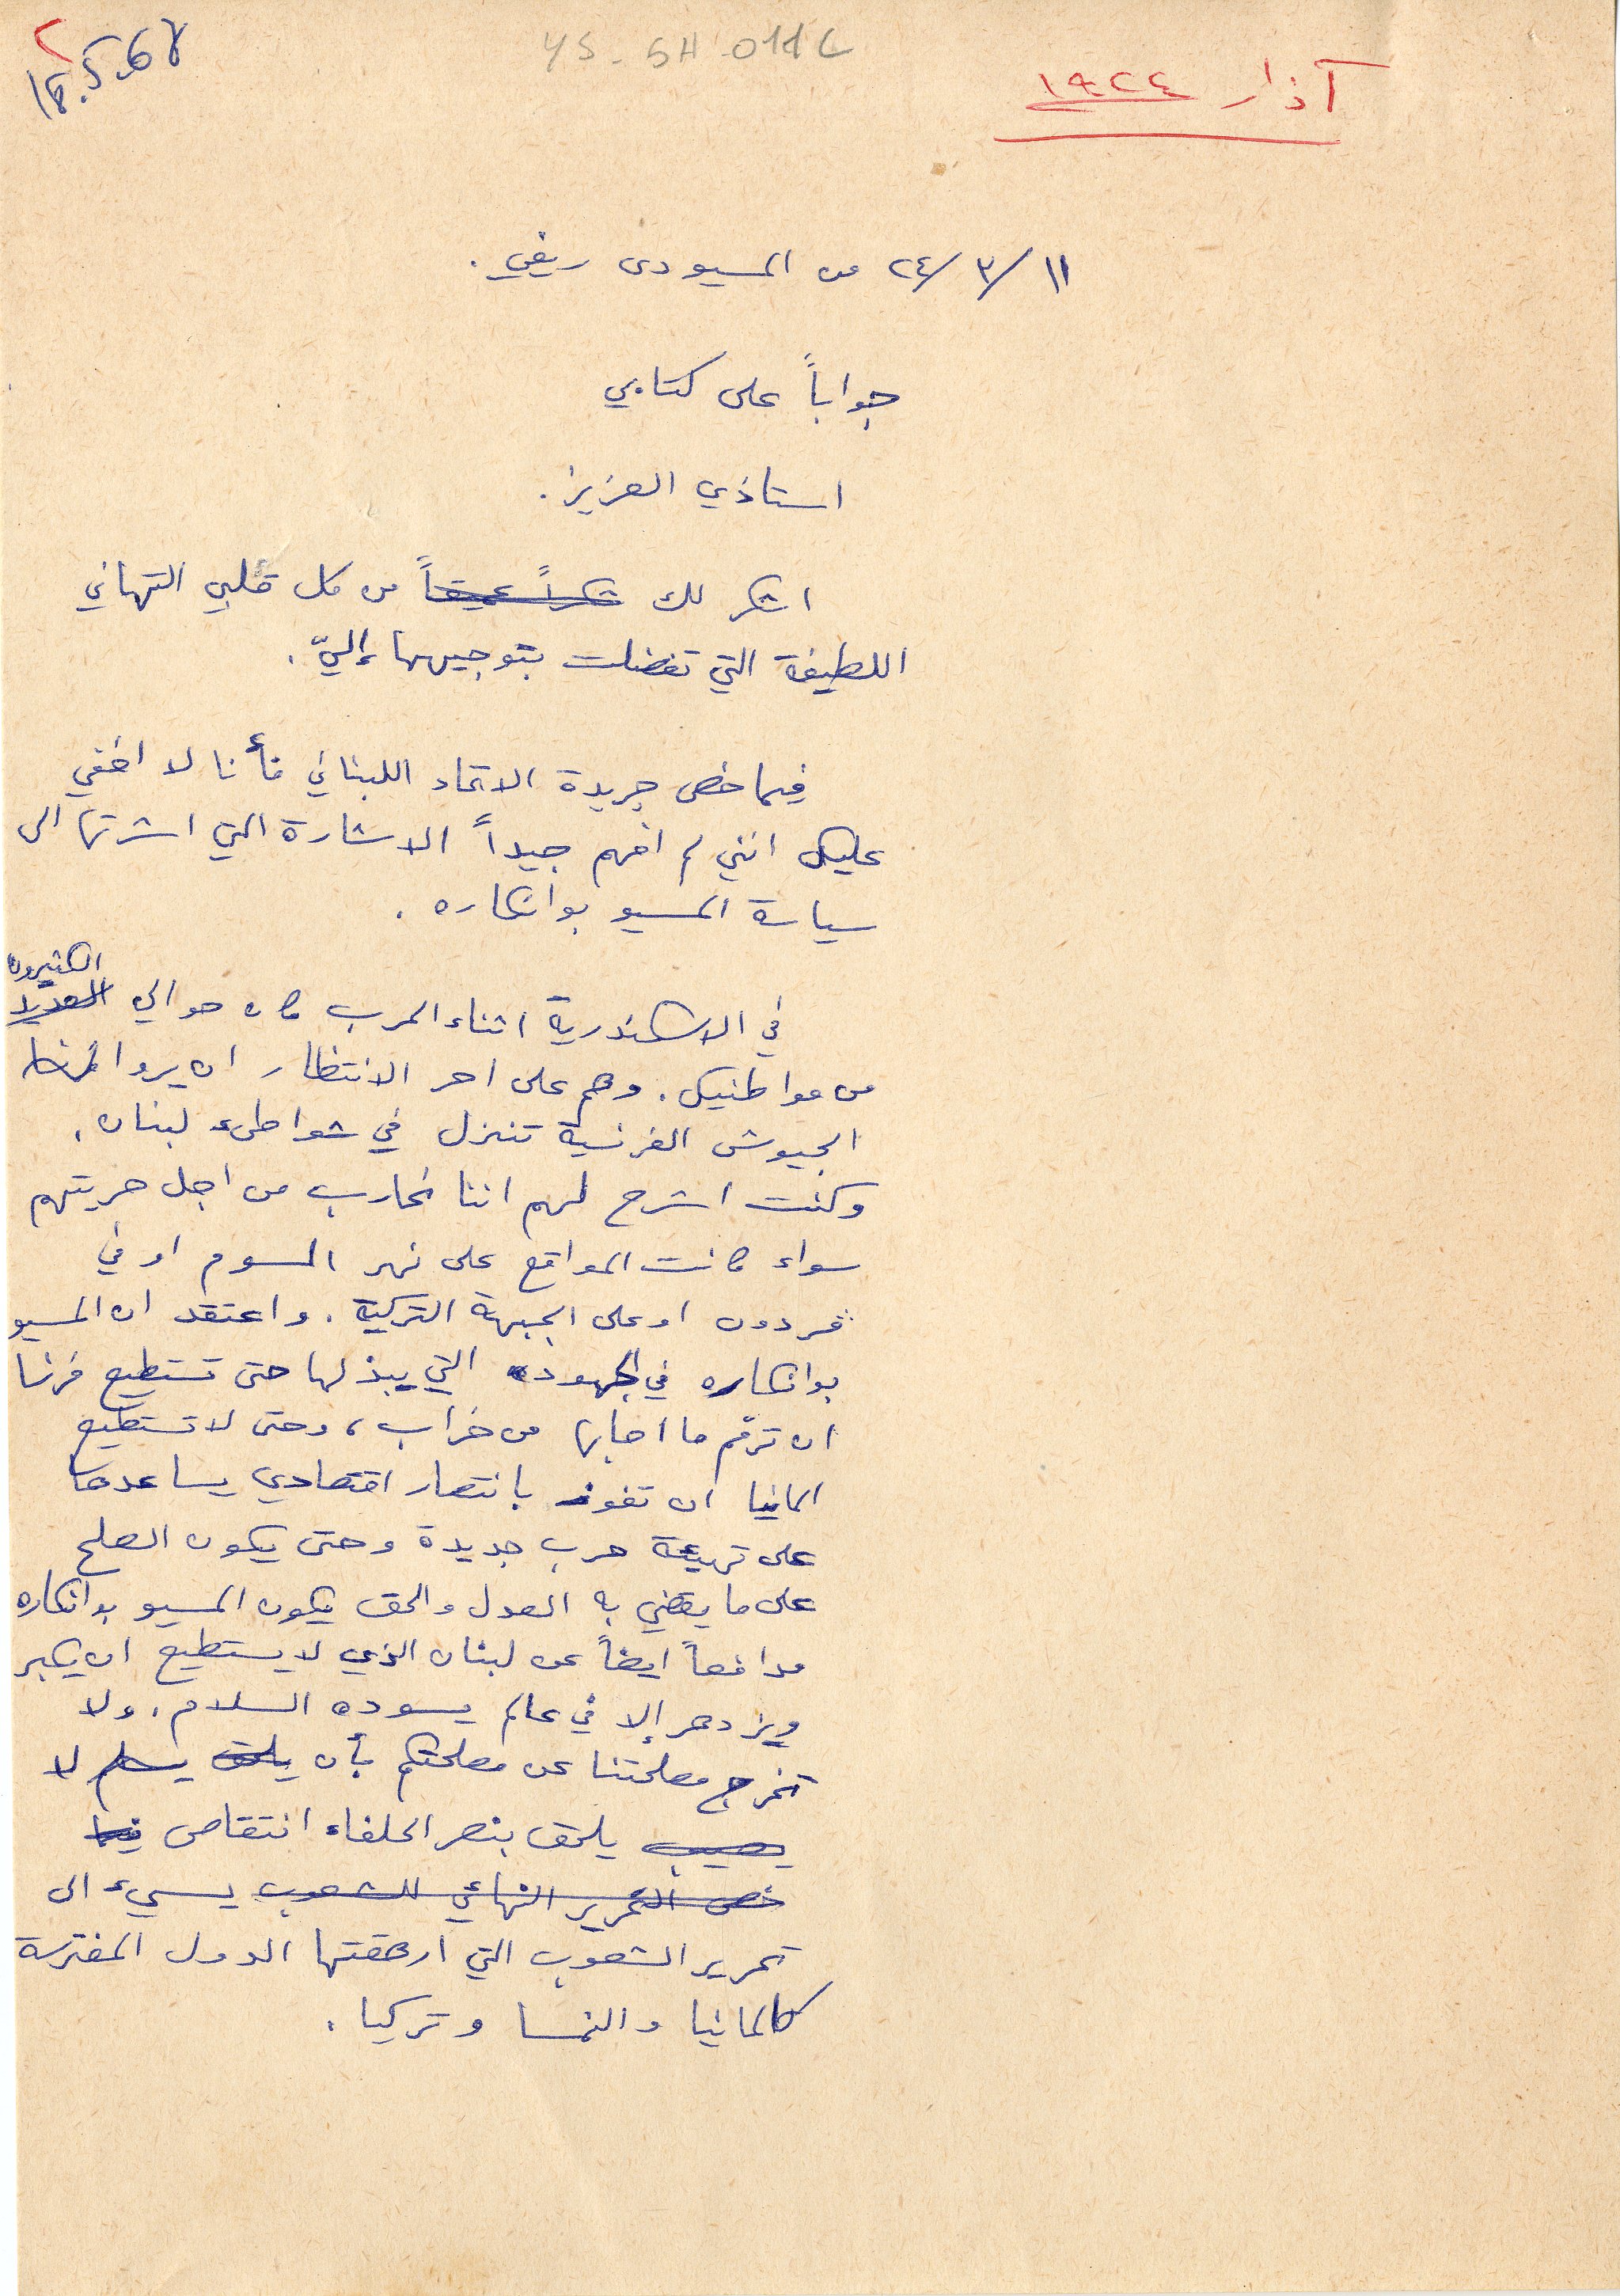
آذار ١٩٢٤
 ١١ /٣/ ٢٤ من المسيو دى ريفي.
 جواباً على كتابي
 استاذي العزيز.
اشكر لك عميقاً من كل قلبي التهاني
اللطيفة التي تفضلت بتوجيهها إليّ.
فيما خص جريدة الاتحاد اللبناني فأنا لا اخفي
عليك انني لم افهم جيداً الاشارة الي اشرتها الى
سياسة المسيو بوانكاره.
في الاسكندرية اثناء الحرب كان حوالي الكثيرون
من مواطنيك. وهم على احر الانتظار ان يروا
الجيوش الفرنسية تنزل في شواطئ لبنان.
 وكنت اشرح لهم اننا نحارب من اجل حريتهم
سواء كانت المواقع على نهر السوم او في
فردون او على الجبهة التركية. واعتقد ان المسيو
بوانكاره في الجهود التي يبذلها حتى تستطيع فرنسا
ان ترمم ما اصابها من خراب، وحتى لا تستطيع
المانيا ان تفوز بانتصار اقتصادي يساعدها
على تهيئة حرب جديدة وحتى يكون الصلح
على ما يقضي به العدل والحق يكون المسيو بوانكاره
مدافعاً ايضاً عن لبنان الذي لا يستطيع ان يكبر
ويزدهر إلا في عالم يسوده السلام. ولا
تخرج مصلحتنا عن مصلحتكم بأن يلحق يسلم لا
 يلحق بنصر الحلفاء انتقاص
خص التحرير النهائي للشعوب يسيء الى
تحرير الشعوب التي ارهقتها الدول المفترسة
كالمانيا والنمسا وتركيا.
ys-5H-011C
18 . 5 -68